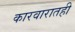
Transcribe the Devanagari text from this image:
कारवारातही